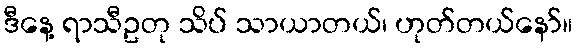
ဒီနေ့ ရာသီဥတု သိပ် သာယာတယ်၊ ဟုတ်တယ်နော်။